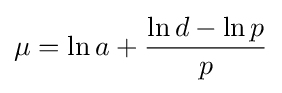
\mu =\ln a+{\frac {\ln d-\ln p}{p}}